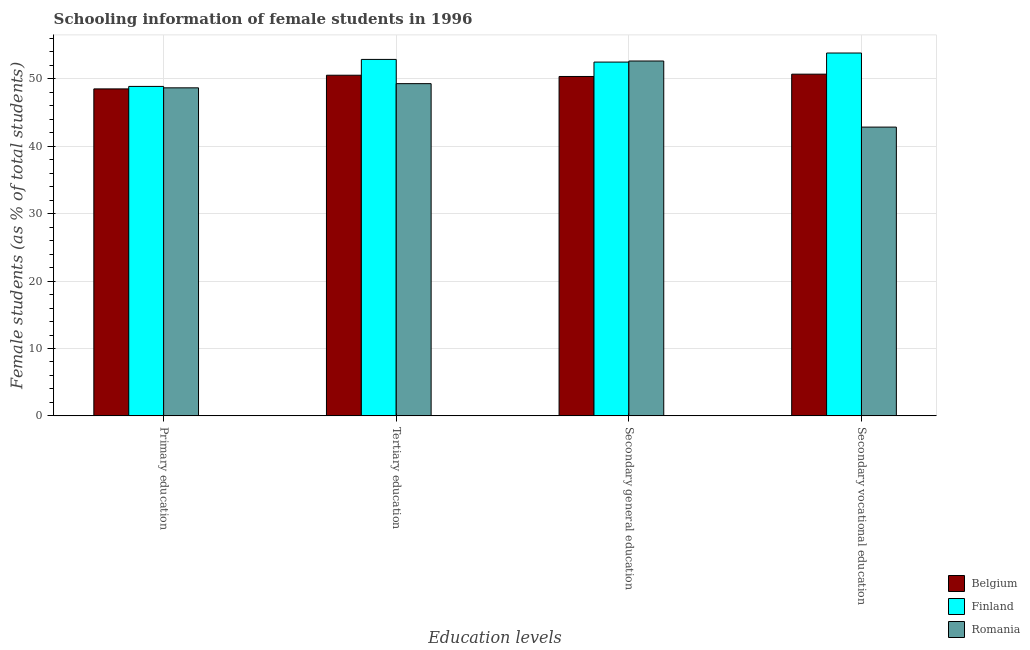
| Education levels | Belgium | Finland | Romania |
 | --- | --- | --- | --- |
 | Primary education | 48.5 | 48.9 | 48.7 |
 | Tertiary education | 50.6 | 52.9 | 49.3 |
 | Secondary general education | 50.4 | 52.5 | 52.7 |
 | Secondary vocational education | 50.7 | 53.8 | 42.9 |